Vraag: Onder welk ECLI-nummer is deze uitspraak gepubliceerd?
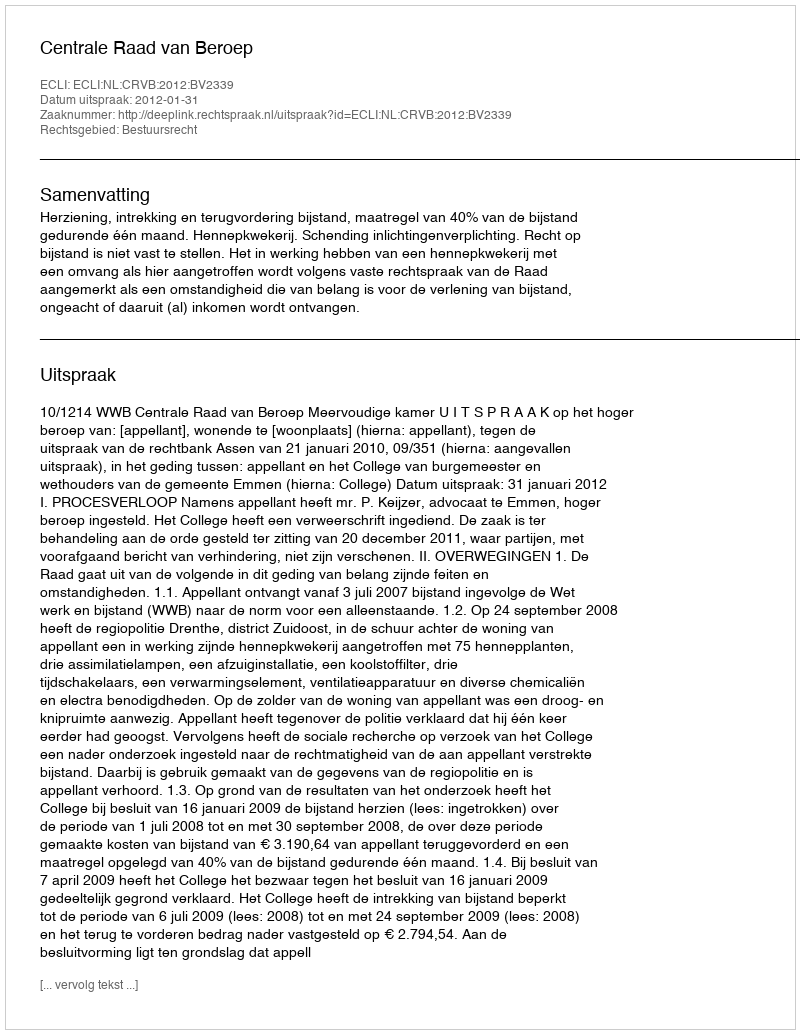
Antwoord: ECLI:NL:CRVB:2012:BV2339